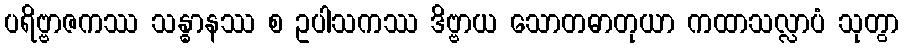
ပရိဗ္ဗာဇကဿ သန္ဓာနဿ စ ဥပါသကဿ ဒိဗ္ဗာယ သောတဓာတုယာ ကထာသလ္လာပံ သုတွာ